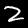
Label: 2